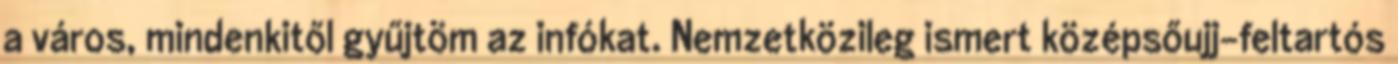
a város, mindenkitől gyűjtöm az infókat. Nemzetközileg ismert középsőujj-feltartós